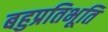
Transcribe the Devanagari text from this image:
बहुप्रतिभूति